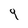
Character: 9